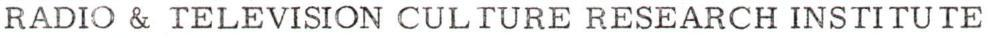
RADIO & TELEVISION CULTURE RESEARCH INSTITUTE